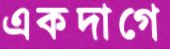
একদাগে